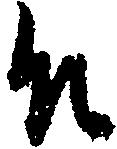
殿